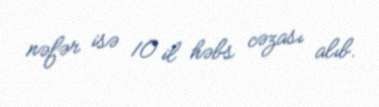
nəfər isə 10 il həbs cəzası alıb.